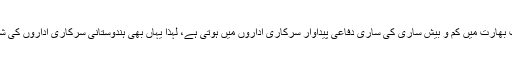
لیکن دوسری جانب بھارت میں کم و بیش ساری کی ساری دفاعی پیداوار سرکاری اداروں میں ہوتی ہے، لہذا یہاں بھی ہندوستانی سرکاری اداروں کی شراکت لازمی تھی۔